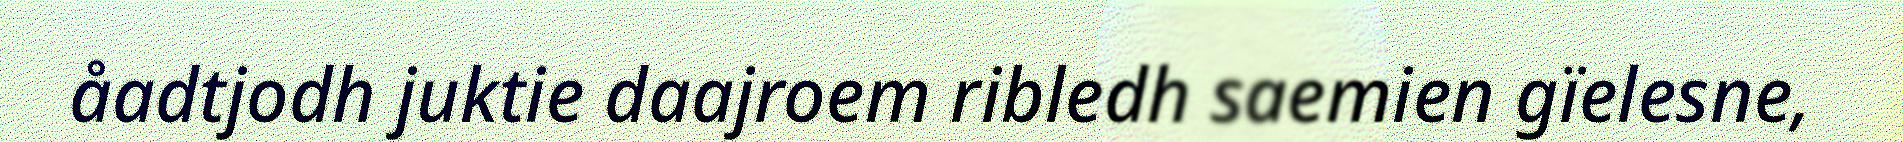
åadtjodh juktie daajroem ribledh saemien gïelesne,